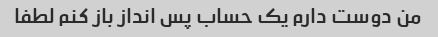
من دوست دارم یک حساب پس انداز باز کنم لطفا